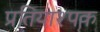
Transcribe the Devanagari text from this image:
प्रतियाश्पक